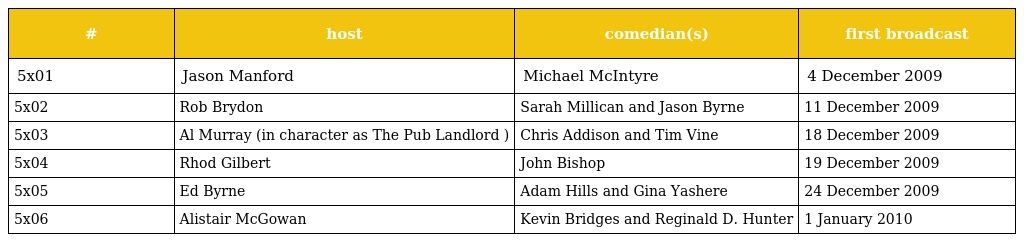
| # | host | comedian(s) | first broadcast |
 | --- | --- | --- | --- |
 | 5x01 | Jason Manford | Michael McIntyre | 4 December 2009 |
 | 5x02 | Rob Brydon | Sarah Millican and Jason Byrne | 11 December 2009 |
 | 5x03 | Al Murray (in character as The Pub Landlord ) | Chris Addison and Tim Vine | 18 December 2009 |
 | 5x04 | Rhod Gilbert | John Bishop | 19 December 2009 |
 | 5x05 | Ed Byrne | Adam Hills and Gina Yashere | 24 December 2009 |
 | 5x06 | Alistair McGowan | Kevin Bridges and Reginald D. Hunter | 1 January 2010 |